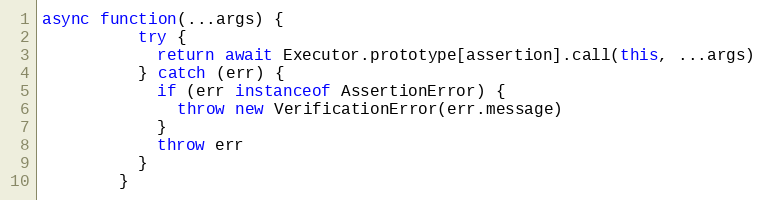
Language: JavaScript
async function(...args) {
          try {
            return await Executor.prototype[assertion].call(this, ...args)
          } catch (err) {
            if (err instanceof AssertionError) {
              throw new VerificationError(err.message)
            }
            throw err
          }
        }